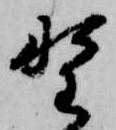
野